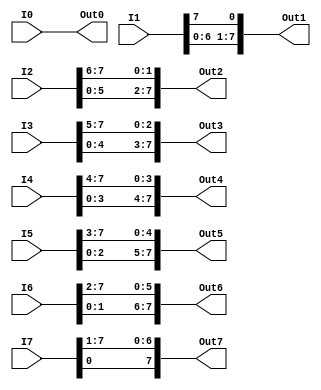
`timescale 1ns / 1ps
//////////////////////////////////////////////////////////////////////////////////
// Company: 
// Engineer: 
// 
// Design Name: 
// Module Name:    rotate_shift 
// Project Name: 
// Target Devices: 
// Tool versions: 
// Description: 
//
// Dependencies: 
//
// Revision: 
// Revision 0.01 - File Created
// Additional Comments: 
//
//////////////////////////////////////////////////////////////////////////////////
module rotate_shift(
    input [7:0] I0,
    input [7:0] I1,
    input [7:0] I2,
    input [7:0] I3,
    input [7:0] I4,
    input [7:0] I5,
    input [7:0] I6,
    input [7:0] I7,
    output [7:0] Out0,
    output [7:0] Out1,
    output [7:0] Out2,
    output [7:0] Out3,
    output [7:0] Out4,
    output [7:0] Out5,
    output [7:0] Out6,
    output [7:0] Out7
    );
	 
	 assign Out0[7:0] = I0[7:0];
	 assign Out1[7:0] = {I1[6:0],I1[7]};
	 assign Out2[7:0] = {I2[5:0],I2[7:6]};
	 assign Out3[7:0] = {I3[4:0],I3[7:5]};
	 assign Out4[7:0] = {I4[3:0],I4[7:4]};
	 assign Out5[7:0] = {I5[2:0],I5[7:3]};
	 assign Out6[7:0] = {I6[1:0],I6[7:2]};
	 assign Out7[7:0] = {I7[0],I7[7:1]};
		 




endmodule